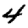
Digit: 4